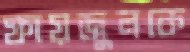
ফায়জুলকে